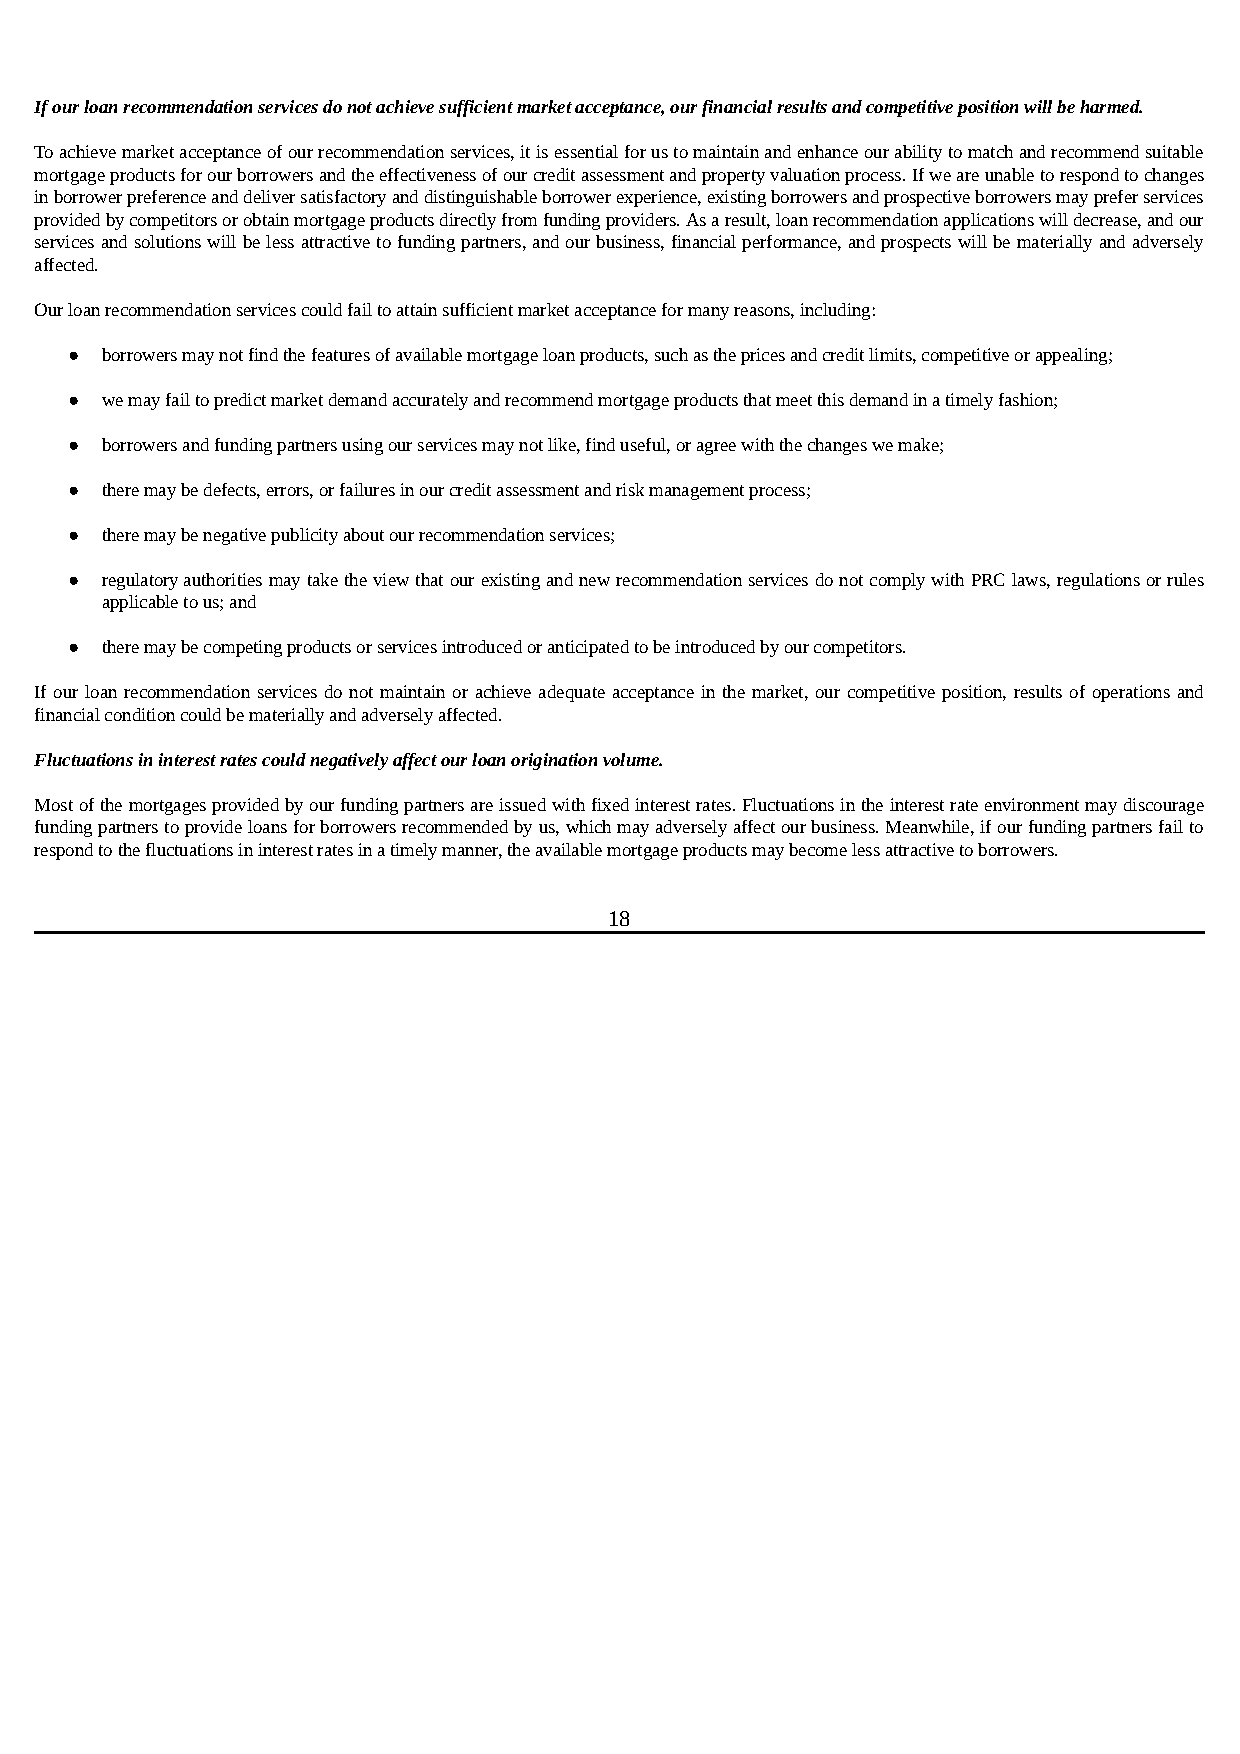
If our loan recommendation services do not achieve sufficient market acceptance, our financial results and competitive position will be harmed.
 To achieve market acceptance of our recommendation services, it is essential for us to maintain and enhance our ability to match and recommend suitable
 mortgage products for our borrowers and the effectiveness of our credit assessment and property valuation process. If we are unable to respond to changes
 in borrower preference and deliver satisfactory and distinguishable borrower experience, existing borrowers and prospective borrowers may prefer services
 provided by competitors or obtain mortgage products directly from funding providers. As a result, loan recommendation applications will decrease, and our
 services and solutions will be less attractive to funding partners, and our business, financial performance, and prospects will be materially and adversely
 affected.
 Our loan recommendation services could fail to attain sufficient market acceptance for many reasons, including:
 ●  borrowers may not find the features of available mortgage loan products, such as the prices and credit limits, competitive or appealing;
 ●  we may fail to predict market demand accurately and recommend mortgage products that meet this demand in a timely fashion;
 ●  borrowers and funding partners using our services may not like, find useful, or agree with the changes we make;
 ●  there may be defects, errors, or failures in our credit assessment and risk management process;
 ●  there may be negative publicity about our recommendation services;
 ●  regulatory authorities may take the view that our existing and new recommendation services do not comply with PRC laws, regulations or rules
 applicable to us; and
 ●  there may be competing products or services introduced or anticipated to be introduced by our competitors.
 If our loan recommendation services do not maintain or achieve adequate acceptance in the market, our competitive position, results of operations and
 financial condition could be materially and adversely affected.
 Fluctuations in interest rates could negatively affect our loan origination volume.
 Most of the mortgages provided by our funding partners are issued with fixed interest rates. Fluctuations in the interest rate environment may discourage
 funding partners to provide loans for borrowers recommended by us, which may adversely affect our business. Meanwhile, if our funding partners fail to
 respond to the fluctuations in interest rates in a timely manner, the available mortgage products may become less attractive to borrowers.
 18